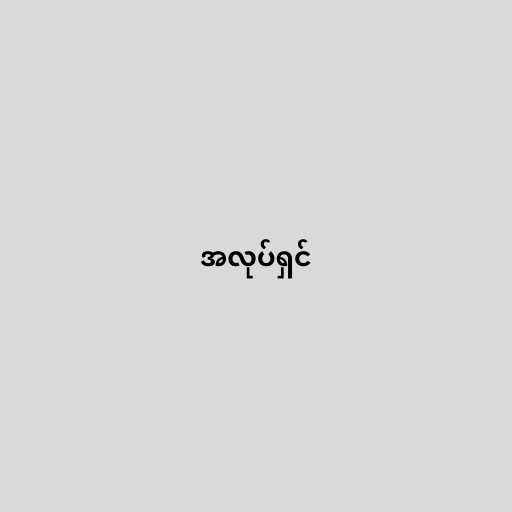
အလုပ်ရှင်